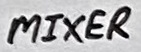
Text: MIXER